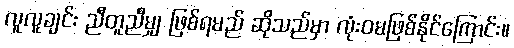
လူလူချင်း ညီတူညီမျှ ဖြစ်ရမည် ဆိုသည်မှာ လုံးဝမဖြစ်နိုင်ကြောင်း။